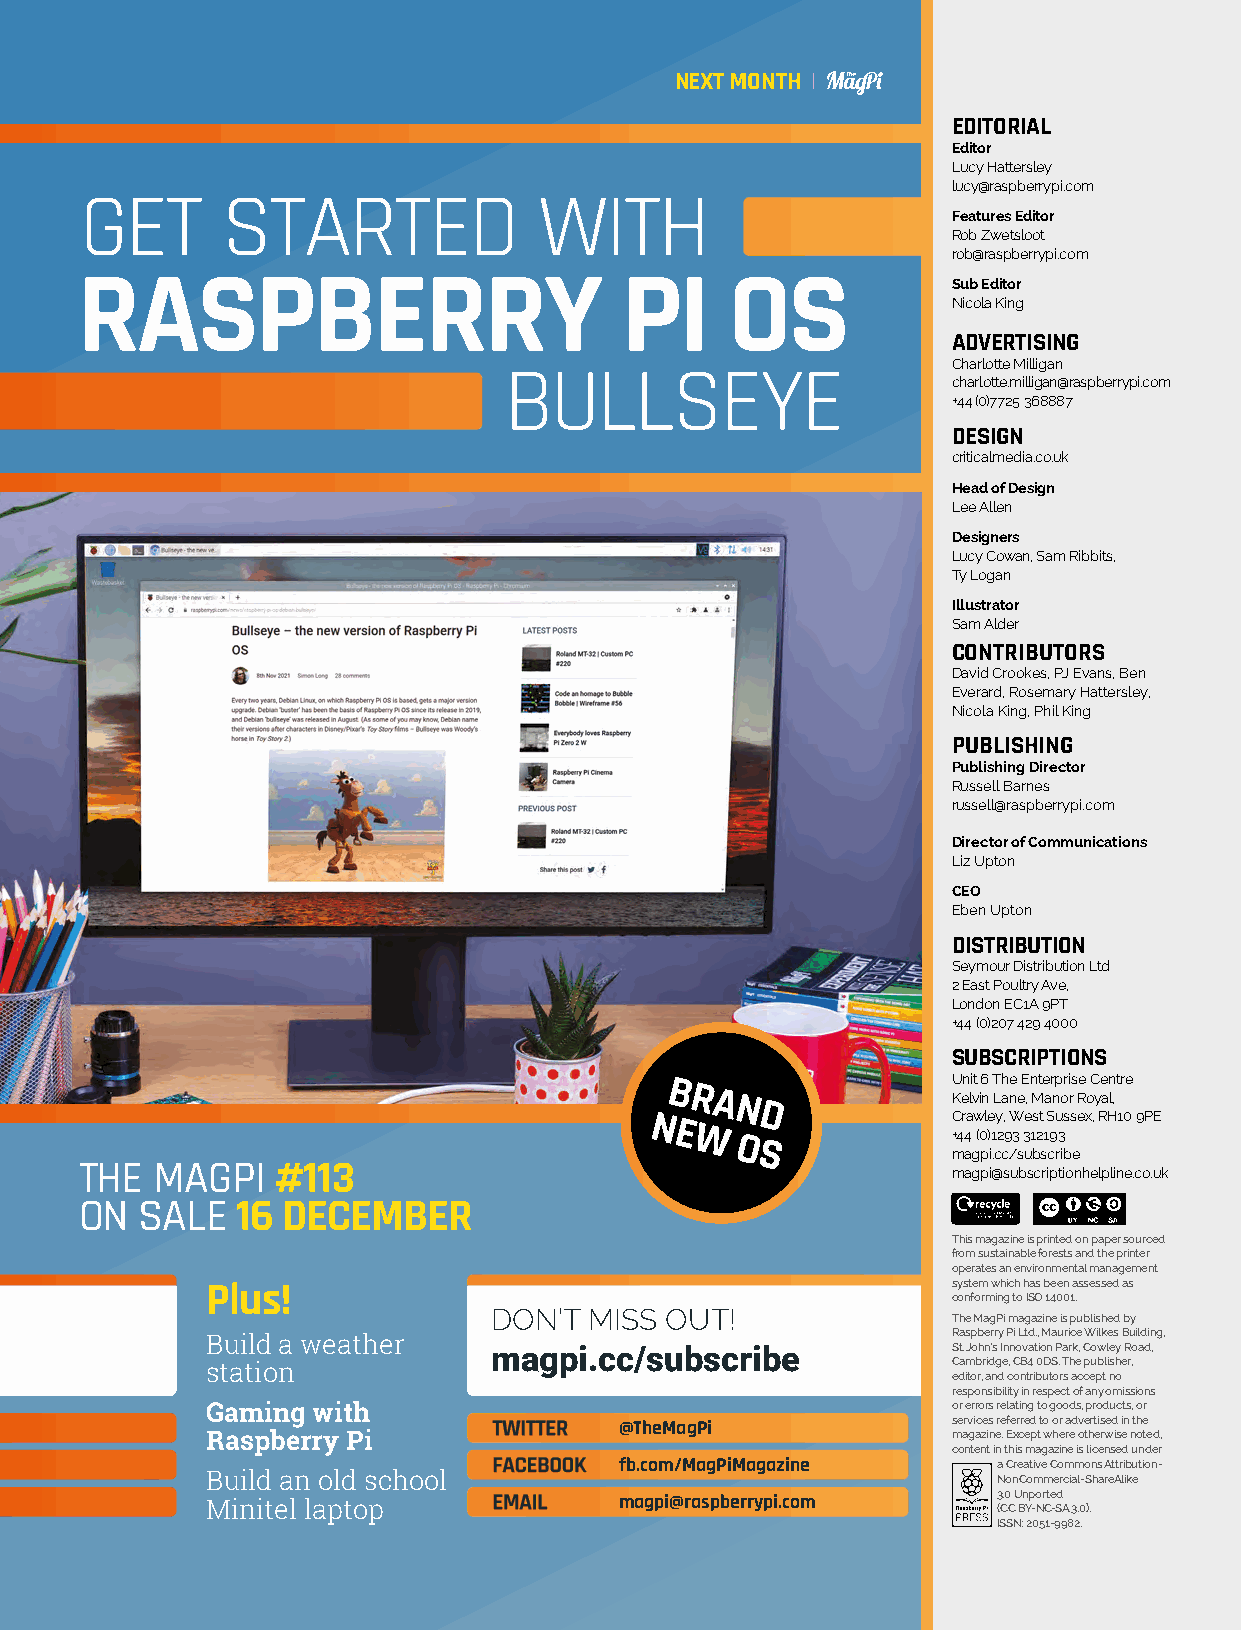
NEXT MONTH
 EDITORIAL
 Editor
 Lucy Hattersley
 lucy@raspberrypi.com
 GET       STARTED              WITH
 Features Editor
 Rob Zwetsloot
 rob@raspberrypi.com
 RASPBERRY                           PI     OS             Sub Editor
 Nicola King
 ADVERTISING
 Charlotte Milligan
 BULLSEYE
 charlotte.milligan@raspberrypi.com
 +44 (0)7725 368887
 DESIGN
 criticalmedia.co.uk
 Head of Design
 Lee Allen
 Designers
 Lucy Cowan, Sam Ribbits,
 Ty Logan
 Illustrator
 Sam Alder
 CONTRIBUTORS
 David Crookes, PJ Evans, Ben
 Everard, Rosemary Hattersley,
 Nicola King, Phil King
 PUBLISHING
 Publishing Director
 Russell Barnes
 russell@raspberrypi.com
 Director of Communications
 Liz Upton
 CEO
 Eben Upton
 DISTRIBUTION
 Seymour Distribution Ltd
 2 East Poultry Ave,
 London EC1A 9PT
 +44 (0)207 429 4000
 SUBSCRIPTIONS
 Unit 6 The Enterprise Centre
 BRAND
 K Ce ralv win
 le
 L ya
 ,
 Wne e, M
 st
 a Sn uo sr
 s
 R eo x,y Ra Hl,
 10 9PE
 NE
 W
 OS
 + m44
 a
 g(0 p) i1 .c2 c9 /3
 s
 3 u1 b2 s1 c9 r3
 ibe
 THE  MAGPI   #113                                         magpi@subscriptionhelpline.co.uk
 ON  SALE   16 DECEMBER
 This magazine is printed on paper sourced
 from sustainable forests and the printer
 operates an environmental management
 system which has been assessed as
 Plus!
 conforming to ISO 14001.
 DON’T  MISS OUT!               The MagPi magazine is published by
 Raspberry Pi Ltd., Maurice Wilkes Building,
 Build a weather
 magpi.cc/subscribe             St. John’s Innovation Park, Cowley Road,
 station                                          Cambridge, CB4 0DS. The publisher,
 editor, and contributors accept no
 responsibility in respect of any omissions
 Gaming with                                      or errors relating to goods, products, or
 @TheMagPi             services referred to or advertised in the
 Raspberry Pi                                     magazine. Except where otherwise noted,
 content in this magazine is licensed under
 fb.com/MagPiMagazine     a Creative Commons Attribution-
 Build an old school                                 NonCommercial-ShareAlike
 3.0 Unported
 Minitel laptop             magpi@raspberrypi.com    (CC BY-NC-SA 3.0).
 ISSN: 2051-9982.